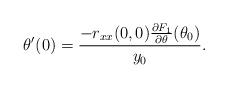
LaTeX: \begin{align*} \theta'(0) = \frac{-r_{xx}(0,0)\frac{\partial F_1}{\partial\theta}(\theta_0)}{y_0}.\end{align*}